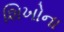
શિખોના